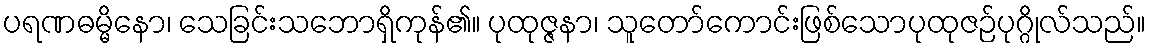
ပရဏဓမ္မိနော၊ သေခြင်းသဘောရှိကုန်၏။ ပုထုဇ္ဇနာ၊ သူတော်ကောင်းဖြစ်သောပုထုဇဉ်ပုဂ္ဂိုလ်သည်။